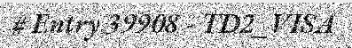
# Entry 39908 - TD2_VISA